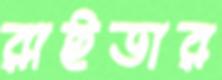
রাইডার